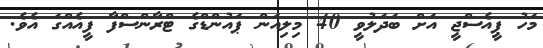
މަހު ޕީއެސްޖީ އަށް ބަދަލުވީ 40 މިލިއަން ޕައުންޑްގެ ޓްރާންސްފާ ފީއެއްގަ އެވެ.